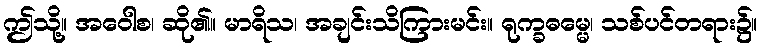
ဤသို့။ အဝေါစ၊ ဆို၏။ မာရိသ၊ အချင်းသိကြားမင်း။ ရုက္ခဓမ္မေ၊ သစ်ပင်တရား၌။